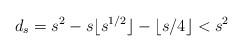
LaTeX: \begin{align*}d_s=s^2-s\lfloor s^{1/2}\rfloor-\lfloor s/4 \rfloor<s^2\end{align*}